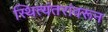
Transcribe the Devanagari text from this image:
स्थित्यंतरांवरून